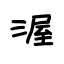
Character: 渥